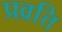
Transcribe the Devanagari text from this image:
प्रव्रत्ति